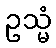
ဥသ္မံ